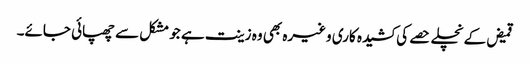
قمیض کے نچلے حصے کی کشیدہ کاری وغیرہ بھی وہ زینت ہے جو مشکل سے چھپائی جائے۔